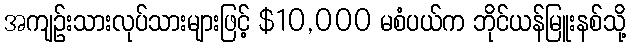
အကျဉ်းသားလုပ်သားများဖြင့် $10,000 မစံပယ်က ဘိုင်ယန်မြူးနစ်သို့